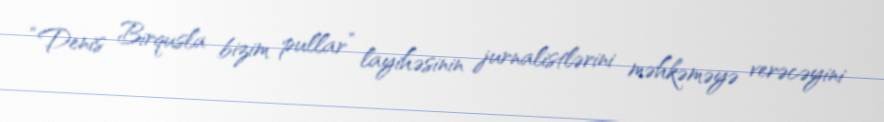
“Denis Birqusla bizim pullar” layihəsinin jurnalistlərini məhkəməyə verəcəyini